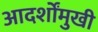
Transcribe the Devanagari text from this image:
आदर्शोंमुखी